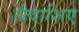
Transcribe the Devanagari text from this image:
लैवाशिए